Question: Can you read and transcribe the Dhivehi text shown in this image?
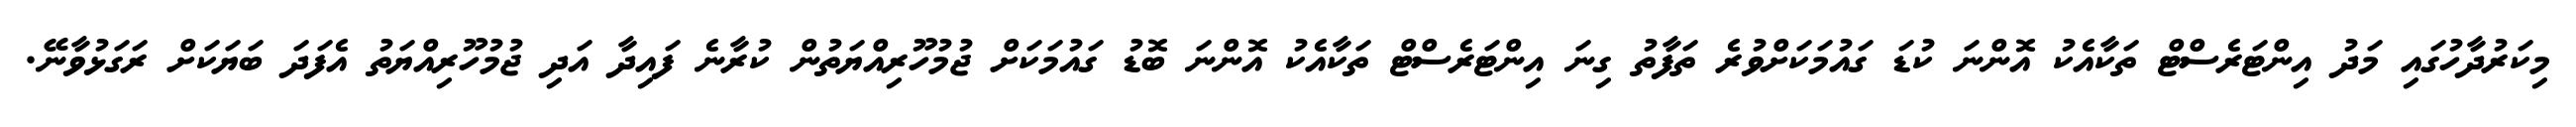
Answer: މިކަރުދާހުގައި މަދު އިންޓަރެސްޓް ތަކާއެކު އޮންނަ ކުޑަ ގައުމަކަށްވުރެ ތަފާތު ގިނަ އިންޓަރެސްޓް ތަކާއެކު އޮންނަ ބޮޑު ގައުމަކަށް ޖުމުހޫރިއްޔަތުން ކުރާނެ ފައިދާ އަދި ޖުމުހޫރިއްޔަތު އެފަދަ ބަޔަކަށް ރަގަޅުވާނޭ.